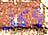
لأكل